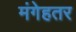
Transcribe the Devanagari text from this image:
मंगेहतर